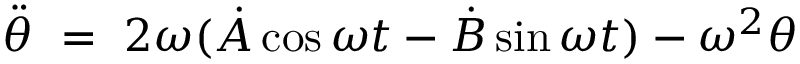
\Ddot { \theta } \ = \ 2 \omega ( \dot { A } \cos \omega t - \dot { B } \sin \omega t ) - \omega ^ { 2 } \theta